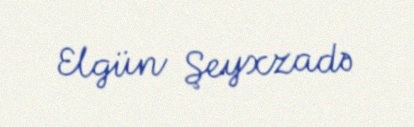
Elgün Şeyxzadə